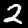
Label: 2